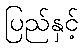
ပြည်နှင့်